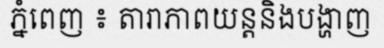
ភ្នំពេញ ៖ តារាភាពយន្តនិងបង្ហាញ